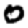
Digit: 0